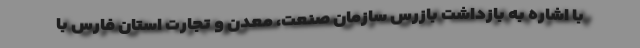
با اشاره به بازداشت بازرس سازمان صنعت، معدن و تجارت استان فارس با